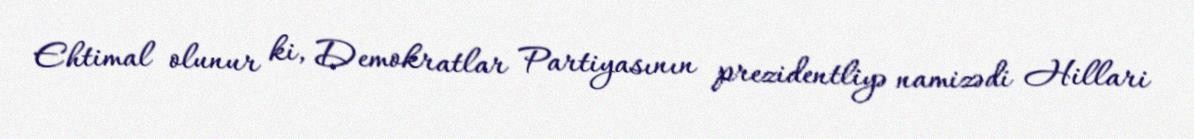
Ehtimal olunur ki, Demokratlar Partiyasının prezidentliyə namizədi Hillari